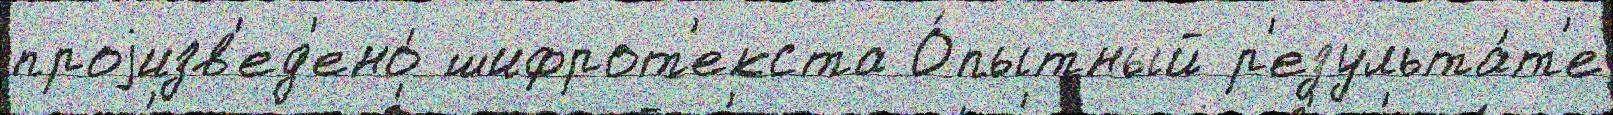
проjизв'ед'ено́ шифрот'екста О́пытный р'езульта́т'е